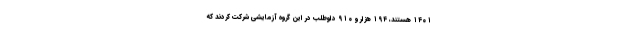
۱۴۰۱ هستند، ۱۹۴ هزار و ۹۱۰ داوطلب در این گروه آزمایشی شرکت کردند که